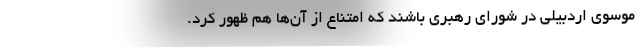
موسوی اردبیلی در شورای رهبری باشند که امتناع از آن‌ها هم ظهور کرد.